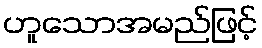
ဟူသောအမည်ဖြင့်